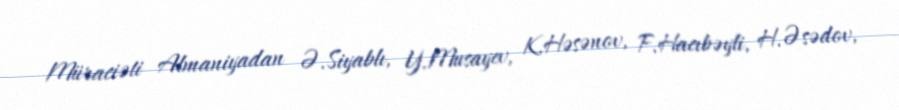
Müraciəti Almaniyadan Ə.Siyablı, Y.Musayev, K.Həsənov, F.Hacıbəyli, H.Əsədov,